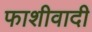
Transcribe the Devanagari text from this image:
फाशीवादी